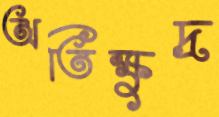
অতিক্ষুদ্র